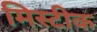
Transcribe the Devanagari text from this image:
मिस्टीक